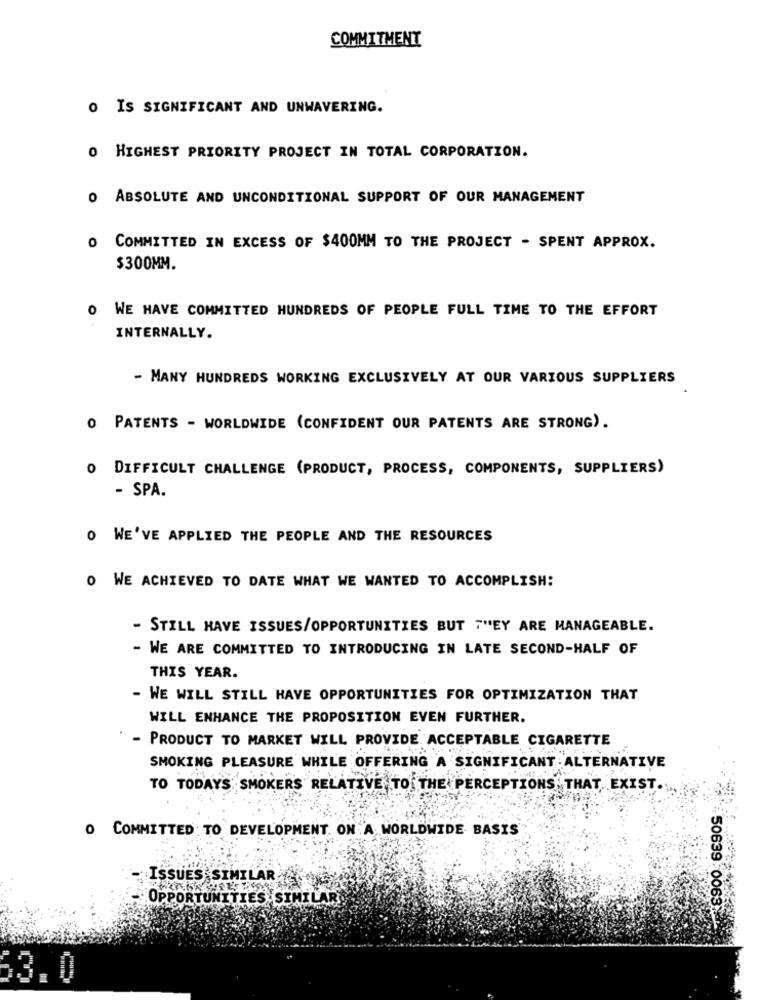
COMMITMENT
O IS SIGNIFICANT AND UNWAVERING.
0 HIGHEST PRIORITY PROJECT IN TOTAL CORPORATION.
O ABSOLUTE AND UNCONDITIONAL SUPPORT OF OUR MANAGEMENT
0 COMMITTED IN EXCESS OF $400MM TO THE PROJECT - SPENT APPROX.
$300MM.
O WE HAVE COMMITTED HUNDREDS OF PEOPLE FULL TIME TO THE EFFORT
INTERNALLY.
- MANY HUNDREDS WORKING EXCLUSIVELY AT OUR VARIOUS SUPPLIERS
0 PATENTS - WORLDWIDE (CONFIDENT OUR PATENTS ARE STRONG).
0 DIFFICULT CHALLENGE (PRODUCT, PROCESS, COMPONENTS, SUPPLIERS)
- SPA.
O WE'VE APPLIED THE PEOPLE AND THE RESOURCES
O WE ACHIEVED TO DATE WHAT WE WANTED TO ACCOMPLISH:
- STILL HAVE ISSUES/OPPORTUNITIES BUT THEY ARE MANAGEABLE.
- WE ARE COMMITTED TO INTRODUCING IN LATE SECOND-HALF OF
THIS YEAR.
- WE WILL STILL HAVE OPPORTUNITIES FOR OPTIMIZATION THAT
WILL ENHANCE THE PROPOSITION EVEN FURTHER.
- PRODUCT TO MARKET WILL PROVIDE ACCEPTABLE CIGARETTE
SMOKING PLEASURE WHILE OFFERING A SIGNIFICANT ALTERNATIVE
TO TODAYS SMOKERS RELATIVE TO THE PERCEPTIONS THAT, EXIST.
O COMMITTED TO DEVELOPMENT. ON A WORLDWIDE BASIS
ISSUES SIMILAR
OPPORTUNITIES SIMILAR
50639 0069
3.0